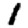
Digit: 1